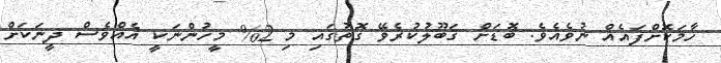
ހާމަކޮށްފައެއް ނުވެއެވެ. ބޮޑަށް ޤަބޫލުކުރެވޭ ގޮތުގައި މި 2% މީހުންނަކީ އެއްވެސް ދީނަކަށް